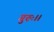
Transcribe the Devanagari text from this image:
गुरुः।।